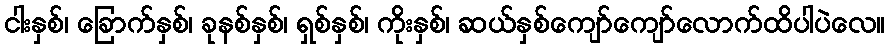
ငါးနှစ်၊ ခြောက်နှစ်၊ ခုနစ်နှစ်၊ ရှစ်နှစ်၊ ကိုးနှစ်၊ ဆယ်နှစ်ကျော်ကျော်လောက်ထိပါပဲလေ။